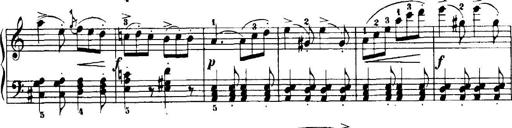
Title: 7 Sonatinas
Composer: Anton Diabelli